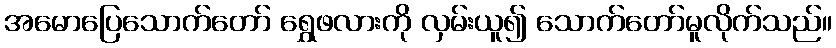
အမောပြေသောက်တော် ရွှေဖလားကို လှမ်းယူ၍ သောက်တော်မူလိုက်သည်။